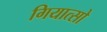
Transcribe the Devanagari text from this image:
गियात्सो